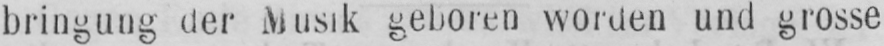
bringung der Musik geboren worden und grosse